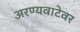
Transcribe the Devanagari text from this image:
अरण्यवाटेवर